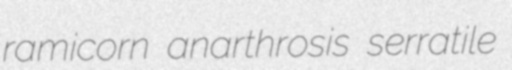
ramicorn anarthrosis serratile